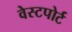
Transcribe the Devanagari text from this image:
वेस्‍टपोर्ट